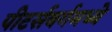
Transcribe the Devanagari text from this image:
पीटर्सबर्गमध्ये